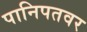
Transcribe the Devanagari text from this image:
पानिपतवर